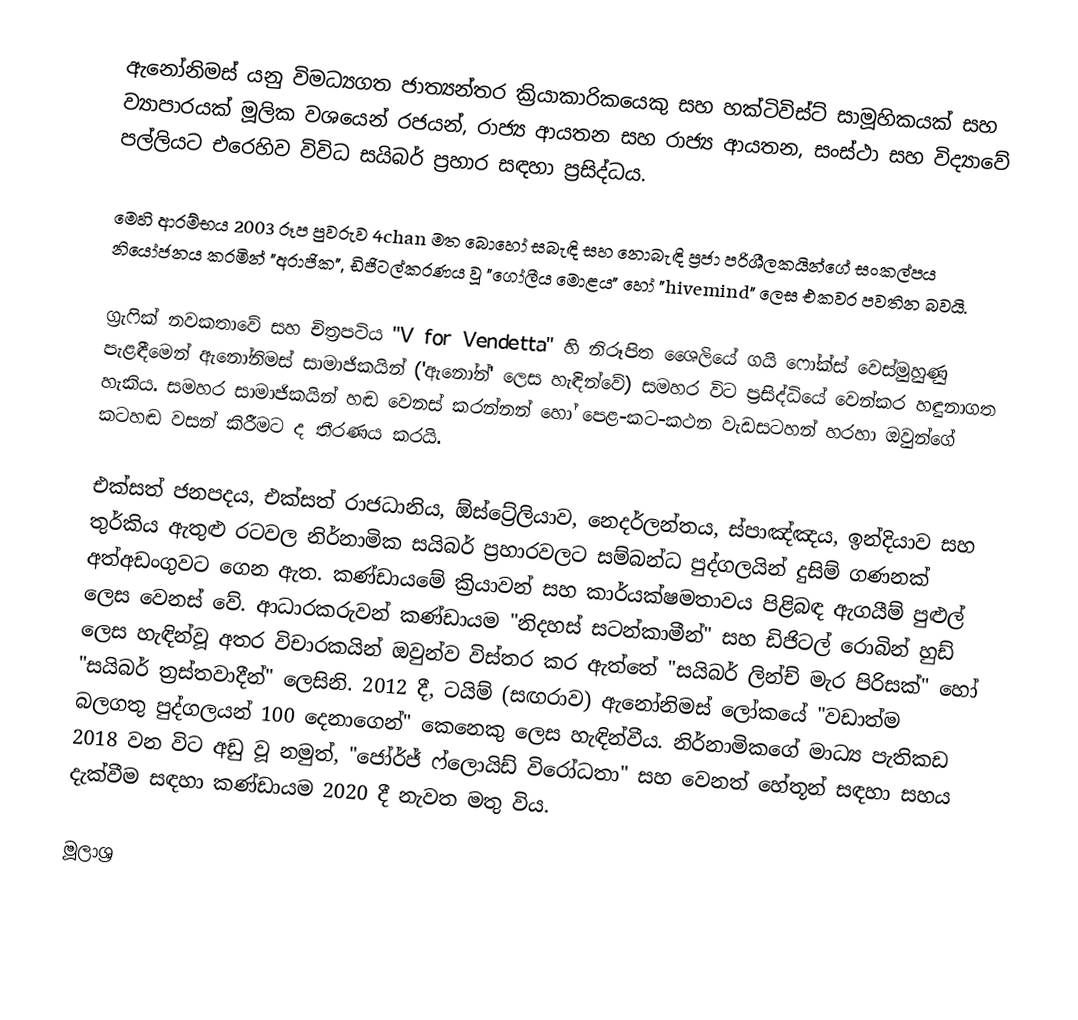
ඇනෝනිමස් යනු විමධ්‍යගත ජාත්‍යන්තර ක්‍රියාකාරිකයෙකු සහ හක්ටිවිස්ට් සාමූහිකයක් සහ ව්‍යාපාරයක් මූලික වශයෙන් රජයන්, රාජ්‍ය ආයතන සහ රාජ්‍ය ආයතන, සංස්ථා සහ විද්‍යාවේ පල්ලියට එරෙහිව විවිධ සයිබර් ප්‍රහාර සඳහා ප්‍රසිද්ධය.

මෙහි ආරම්භය 2003 රූප පුවරුව 4chan මත බොහෝ සබැඳි සහ නොබැඳි ප්‍රජා පරිශීලකයින්ගේ සංකල්පය නියෝජනය කරමින් "අරාජික", ඩිජිටල්කරණය වූ "ගෝලීය මොළය" හෝ "hivemind" ලෙස එකවර පවතින බවයි.

ග්‍රැෆික් නවකතාවේ සහ චිත්‍රපටිය "V for Vendetta" හි නිරූපිත ශෛලියේ ගයි ෆෝක්ස් වෙස්මුහුණු පැළඳීමෙන් ඇනෝනිමස් සාමාජිකයින් ('ඇනෝන්' ලෙස හැඳින්වේ) සමහර විට ප්‍රසිද්ධියේ වෙන්කර හඳුනාගත හැකිය. සමහර සාමාජිකයින් හඬ වෙනස් කරන්නන් හෝ පෙළ-කට-කථන වැඩසටහන් හරහා ඔවුන්ගේ කටහඬ වසන් කිරීමට ද තීරණය කරයි.

එක්සත් ජනපදය, එක්සත් රාජධානිය, ඕස්ට්‍රේලියාව, නෙදර්ලන්තය, ස්පාඤ්ඤය, ඉන්දියාව සහ තුර්කිය ඇතුළු රටවල නිර්නාමික සයිබර් ප්‍රහාරවලට සම්බන්ධ පුද්ගලයින් දුසිම් ගණනක් අත්අඩංගුවට ගෙන ඇත. කණ්ඩායමේ ක්‍රියාවන් සහ කාර්යක්ෂමතාවය පිළිබඳ ඇගයීම් පුළුල් ලෙස වෙනස් වේ. ආධාරකරුවන් කණ්ඩායම "නිදහස් සටන්කාමීන්" සහ ඩිජිටල් රොබින් හුඩ් ලෙස හැඳින්වූ අතර විචාරකයින් ඔවුන්ව විස්තර කර ඇත්තේ "සයිබර් ලින්ච් මැර පිරිසක්" හෝ "සයිබර් ත්‍රස්තවාදීන්" ලෙසිනි. 2012 දී, ටයිම් (සඟරාව) ඇනෝනිමස් ලෝකයේ "වඩාත්ම බලගතු පුද්ගලයන් 100 දෙනාගෙන්" කෙනෙකු ලෙස හැඳින්වීය. නිර්නාමිකගේ මාධ්‍ය පැතිකඩ 2018 වන විට අඩු වූ නමුත්, "ජෝර්ජ් ෆ්ලොයිඩ් විරෝධතා" සහ වෙනත් හේතූන් සඳහා සහය දැක්වීම සඳහා කණ්ඩායම 2020 දී නැවත මතු විය.

මූලාශ්‍ර